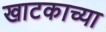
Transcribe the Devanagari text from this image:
खाटकाच्या